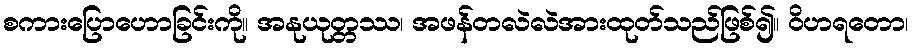
စကားပြောဟောခြင်းကို။ အနုယုတ္တဿ၊ အဖန်တလဲလဲအားထုတ်သည်ဖြစ်၍။ ဝိဟရတော၊